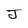
Character: J